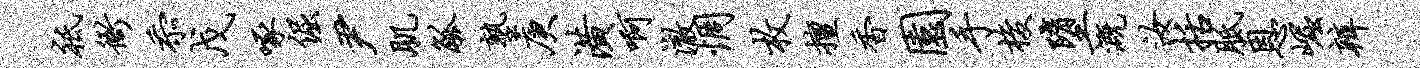
祗衙忝戊啄倔尹肌觚塾庚潢啊澈惆枚擅香园手梭堕溉汝括胝恩崛辨